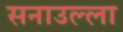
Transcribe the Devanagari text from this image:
सनाउल्ला